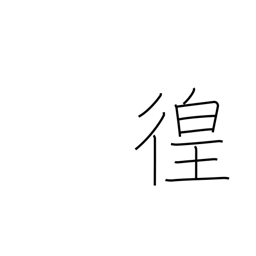
Meaning: wandering